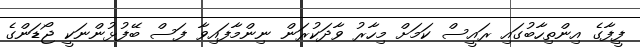
ފީފާގެ އިންތިހާބުގައި ރައީސް ކަމަށް މިހާރު ވާދަކުރަން ނިންމާފައިވާ ފަސް ބޭފުޅުންނަކީ ޖޯޑަންގެ